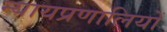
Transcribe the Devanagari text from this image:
न्यायप्रणालियों